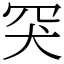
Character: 𦊅